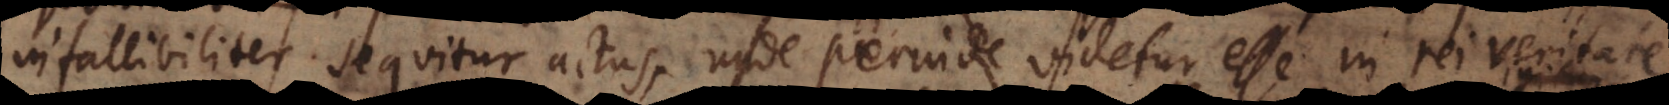
infallibiliter sequitur actus, unde perinde videtur esse in rei veritate